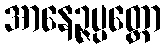
အာနေဉ္ဇပ္ပတ္တော